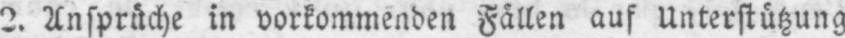
2. Ansprüche in vorkommenden Fällen auf Unterstützung